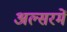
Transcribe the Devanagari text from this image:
अल्सरमें